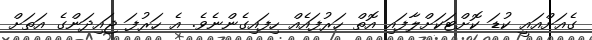
ގެއަށްއައީ ކުޑަ ކޮށްޓަކަށްލާފައި އޮތް ހަރުފައެއް ހިފައިގެންނެވެ. އެ ހަރުފަ ޖައިދަންގެ އަތަށް